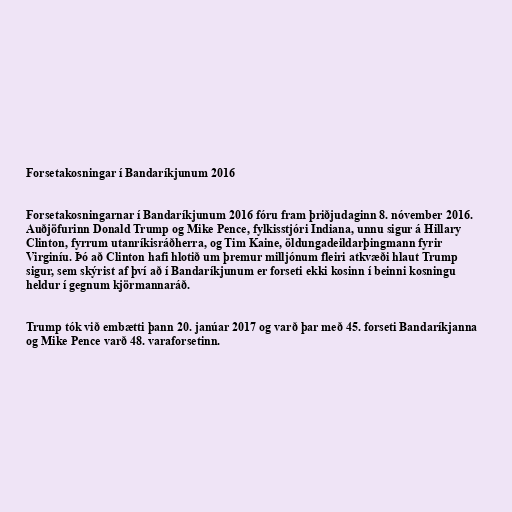
Forsetakosningar í Bandaríkjunum 2016

Forsetakosningarnar í Bandaríkjunum 2016 fóru fram þriðjudaginn 8. nóvember 2016.
Auðjöfurinn Donald Trump og Mike Pence, fylkisstjóri Indiana, unnu sigur á Hillary
Clinton, fyrrum utanríkisráðherra, og Tim Kaine, öldungadeildarþingmann fyrir
Virginíu. Þó að Clinton hafi hlotið um þremur milljónum fleiri atkvæði hlaut Trump
sigur, sem skýrist af því að í Bandaríkjunum er forseti ekki kosinn í beinni kosningu
heldur í gegnum kjörmannaráð.

Trump tók við embætti þann 20. janúar 2017 og varð þar með 45. forseti Bandaríkjanna
og Mike Pence varð 48. varaforsetinn.